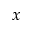
x